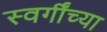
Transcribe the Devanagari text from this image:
स्वर्गींच्या